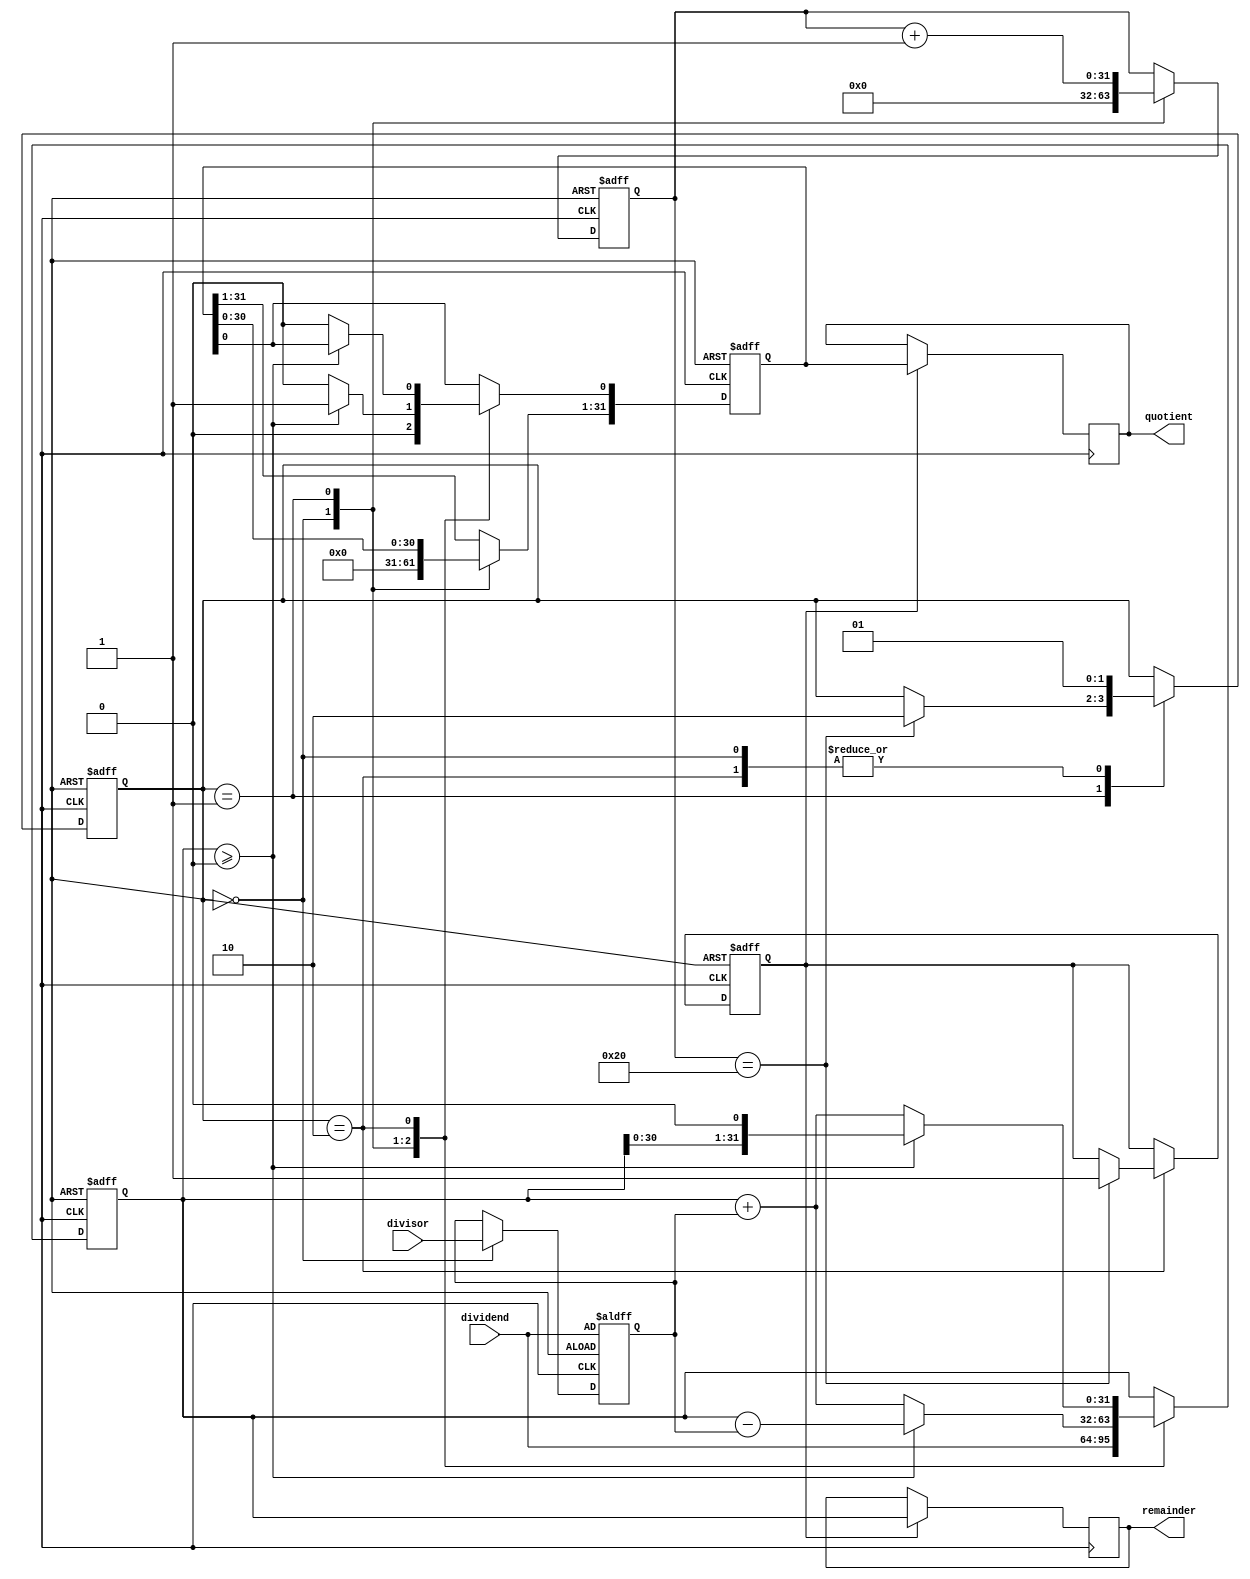
module non_restoring_divider (
    input wire [31:0] dividend,
    input wire [31:0] divisor,
    output reg [31:0] quotient,
    output reg [31:0] remainder
);

reg [31:0] a, m, q;
reg [31:0] count;
reg [1:0] state;
reg done;

always @ (posedge clk or negedge rst_n) begin
    if (~rst_n) begin
        a <= 32'h0;
        m <= dividend;
        q <= 32'h0;
        count <= 32'h0;
        state <= 2'h0;
        done <= 1'b0;
    end else begin
        case (state)
            2'h0: begin // Initialization
                a <= dividend;
                m <= divisor;
                q <= 32'h0;
                count <= 32'h0;
                state <= 2'h1;
            end
            2'h1: begin // Subtract
                if (a >= 0) begin
                    a <= a - m;
                    q <= q << 1;
                    q[0] <= 1'b1;
                end else begin
                    a <= a + m;
                    q <= q << 1;
                    q[0] <= 1'b0;
                end
                
                count <= count + 1;
                if (count == 32) begin
                    state <= 2'h2;
                end
            end
            2'h2: begin // Determine next operation
                if (a >= 0) begin
                    state <= 2'h1;
                    a <= a << 1;
                end else begin
                    q[0] <= 1'b0;
                    a <= m + a;
                    state <= 2'h1;
                end
                
                if (count == 32) begin
                    done <= 1'b1;
                end
            end
        endcase
    end
end

always @ (posedge clk) begin
    if (done) begin
        quotient <= q;
        remainder <= a;
    end
end

endmodule